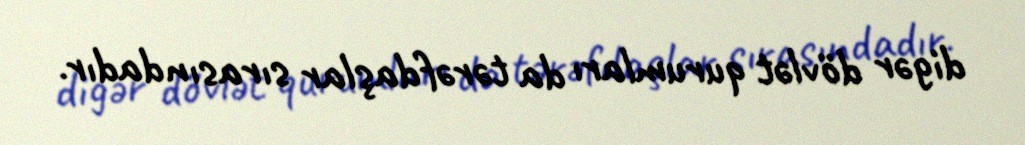
digər dövlət qurumları da tərəfdaşlar sırasındadır.